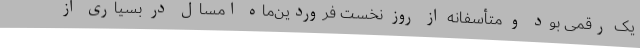
یک رقمی بود و متأسفانه از روز نخست فروردین‌ماه امسال در بسیاری از